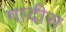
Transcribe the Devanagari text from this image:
गादीस